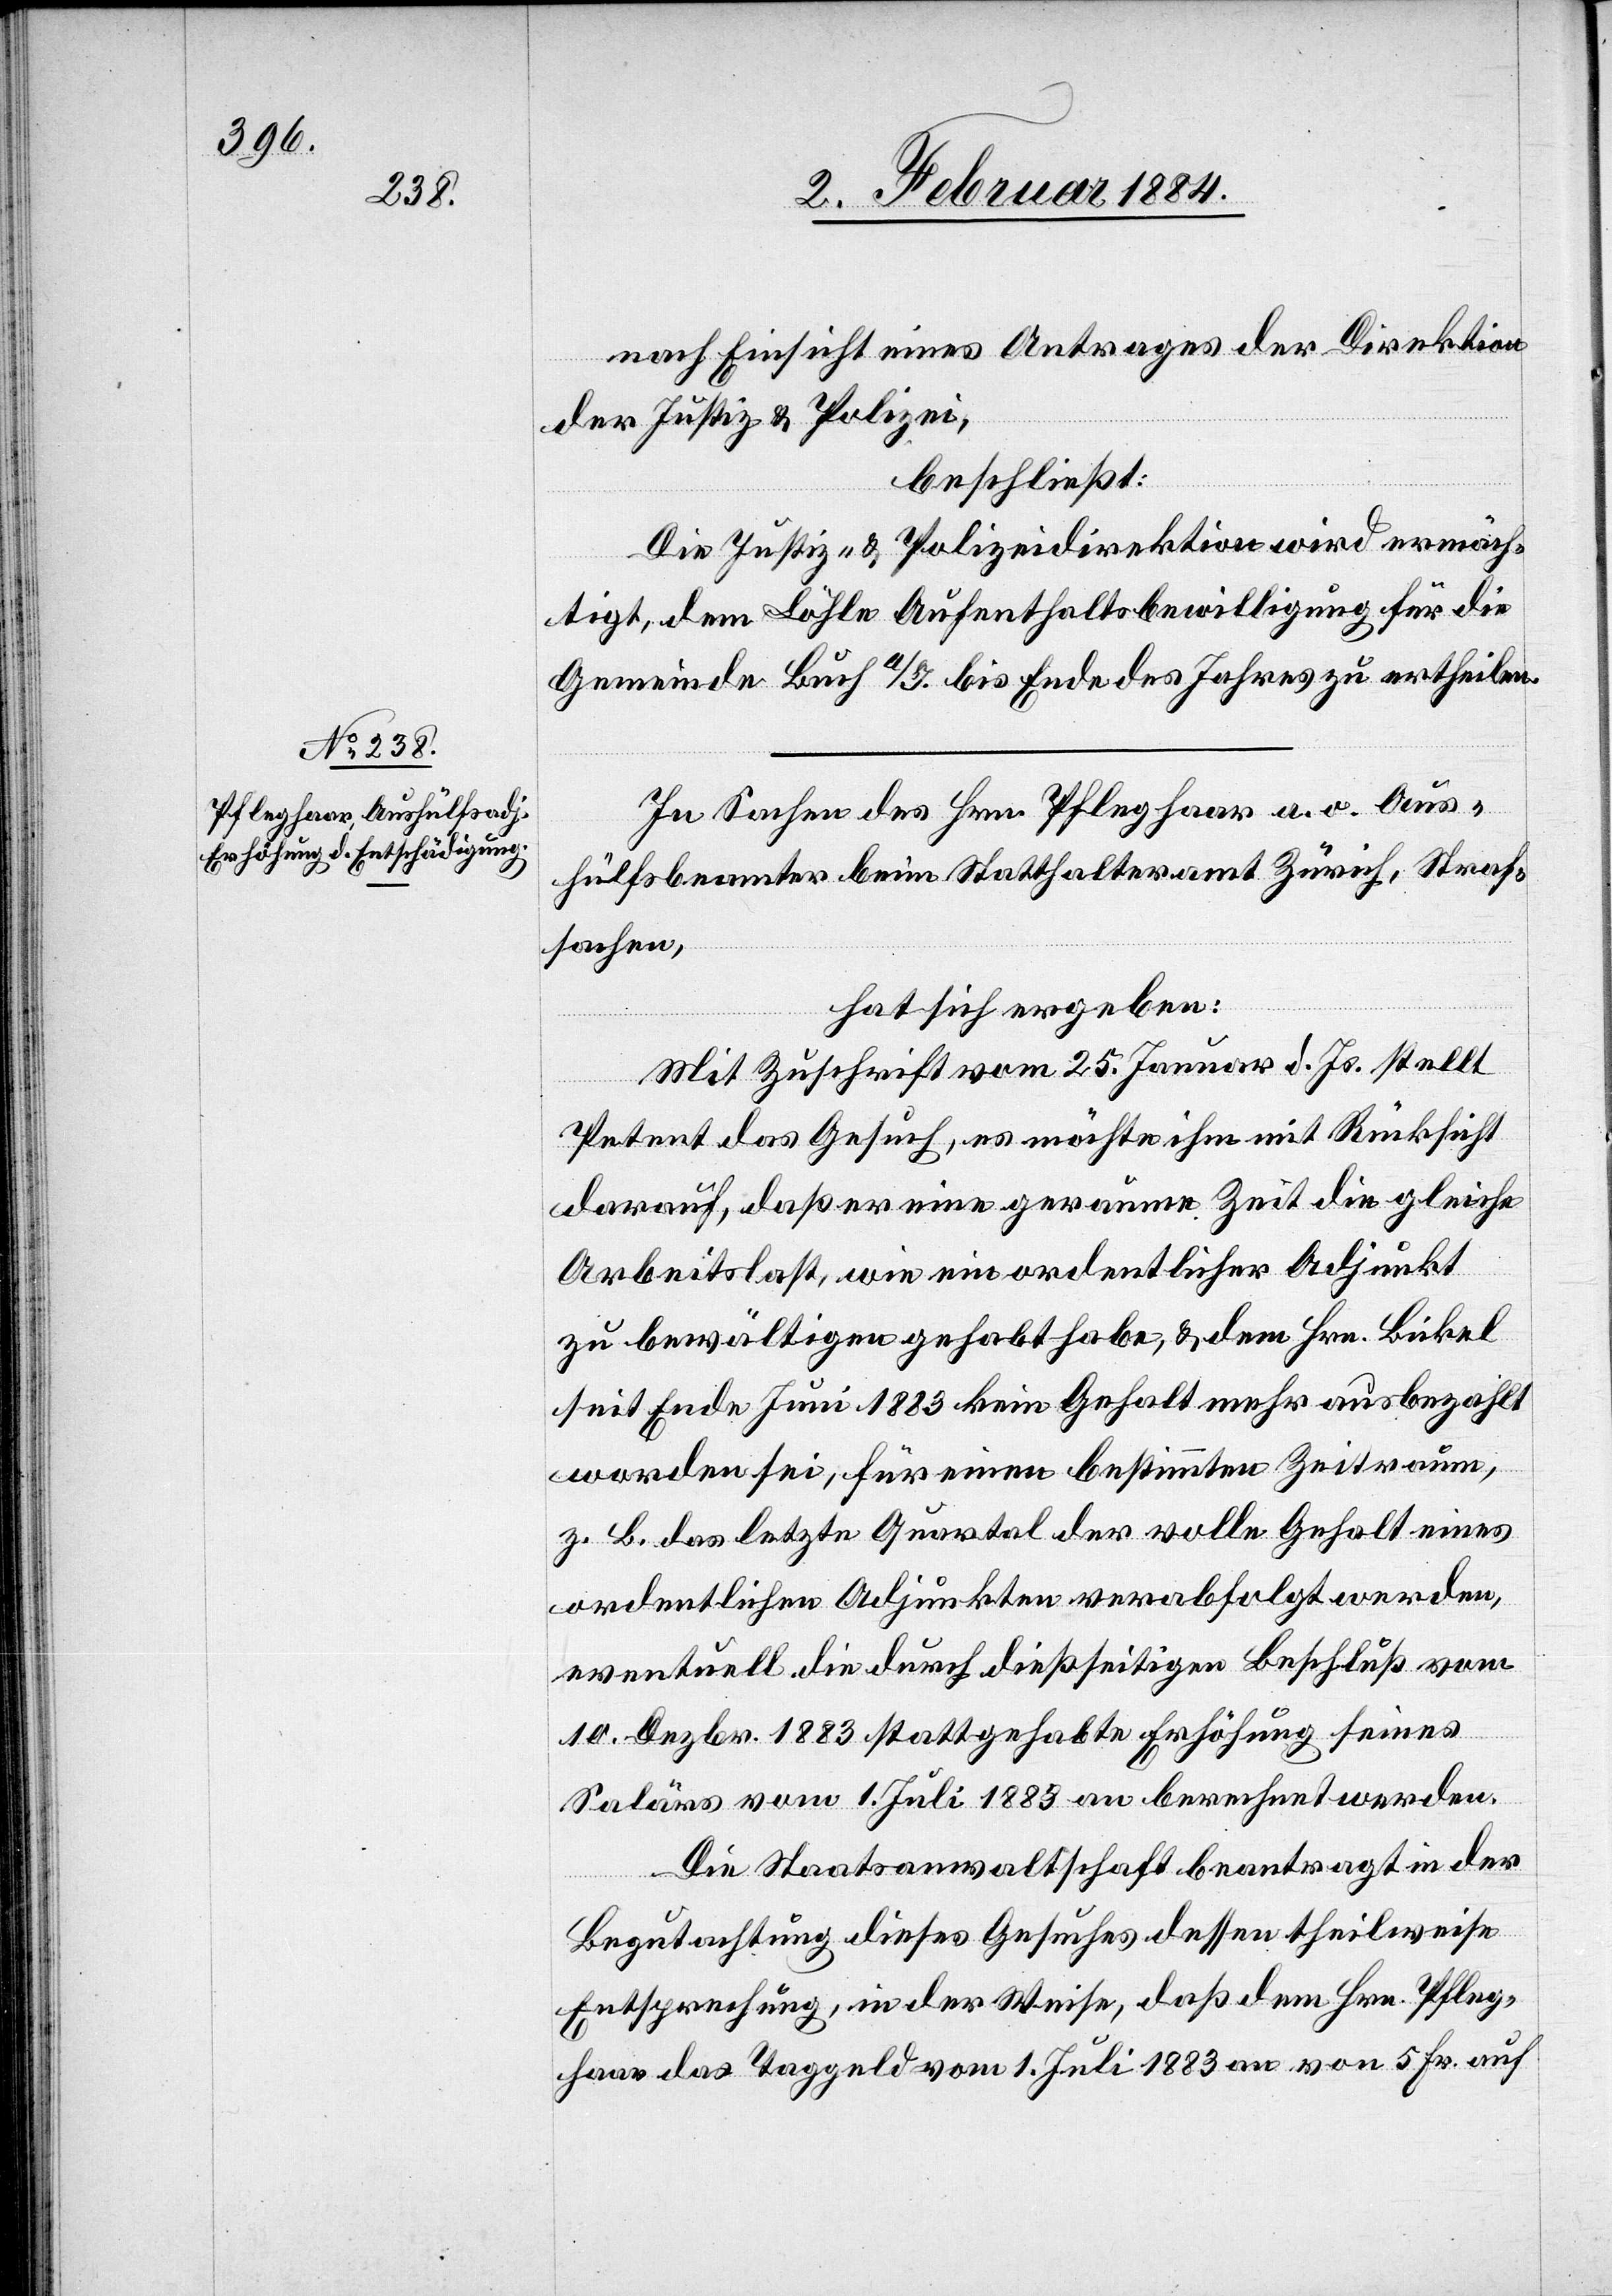
nach Einsicht eines Antrages der Direktion
der Justiz & Polizei,
beschließt:
Die Justiz- & Polizeidirektion wird ermäch¬
tigt, dem Löhle Aufenthaltsbewilligung für die
Gemeinde Buch a/I. bis Ende des Jahres zu ertheilen.
In Sachen des Hrn. Pfleghaar a. o. Aus¬
hülfsbeamter beim Statthalteramt Zürich, Straf¬
sachen,
hat sich ergeben:
Mit Zuschrift vom 25. Januar d. Js. stellt
Petent das Gesuch, es möchte ihm mit Rücksicht
darauf, daß er eine geraume Zeit die gleiche
Arbeitslast wie ein ordentlicher Adjunkt
zu bewältigen gehabt habe, & dem Hrn. Bickel
seit Ende Juni 1883 kein Gehalt mehr ausbezahlt
worden sei, für einen bestimmten Zeitraum,
z. B. das letzte Quartal der volle Gehalt eines
ordentlichen Adjunkten verabfolgt werden,
eventuell die durch dießseitigen Beschluß vom
10. Dezbr. 1883 stattgehabte Erhöhung seines
Salärs vom 1. Juli 1883 an berechnet werden.
Die Staatsanwaltschaft beantragt in der
Begutachtung dieses Gesuches dessen theilweise
Entsprechung, in der Weise, daß dem Hrn. Pfleg¬
haar das Taggeld vom 1. Juli 1883 an von 5 Fr. auf